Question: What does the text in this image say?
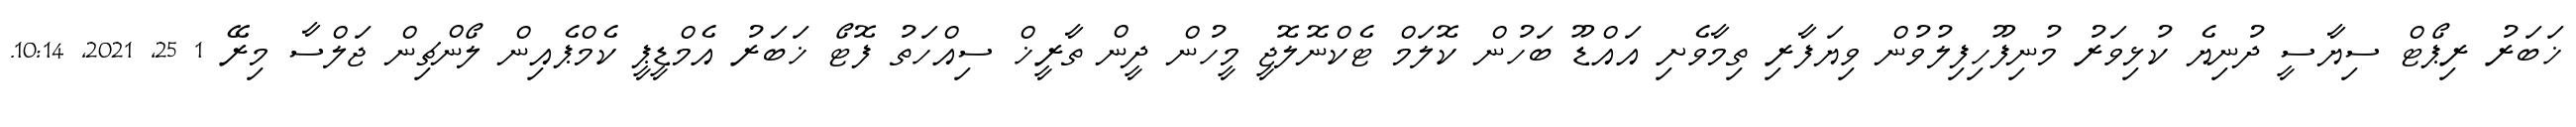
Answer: ޚަބަރު ރިޕޯޓް ސިޔާސީ ދުނިޔެ ކުޅިވަރު މުނިފޫހިފިލުވުން ވިޔަފާރި ތިމާވެށި އައްޑޫ ބަހުން ކޮލަމް ޓެކްނޮލޮޖީ މީހުން ދީން ތާރީޚް ސިއްހަތު ފޮޓޯ ޚަބަރު އެމްޑީޕީ ކެމްޕެއިން ލޯންޗިން ޖަލްސާ މިރޭ 1 25, 2021, 10:14.